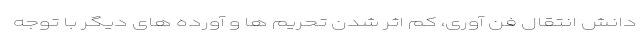
دانش انتقال فن آوری، کم اثر شدن تحریم ها و آورده های دیگر با توجه